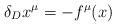
LaTeX: \begin{align*}\delta_D x^\mu = - f^\mu (x)\end{align*}